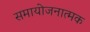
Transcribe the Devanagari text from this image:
समायोजनात्मक